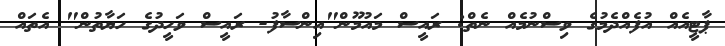
ޕާޓީއެއް އުފެއްދެމުގެ ވިސްނުމެއް ނެތް: ރައީސް މައުމޫން"އިންސާފު- ރައީސް ވަހީދުގެ ހަޔާތުން" އެތަައް